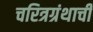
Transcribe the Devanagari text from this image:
चरित्रग्रंथाची